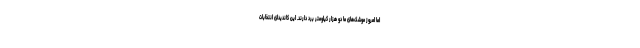
اما امروز موشک‌های ما دو هزار کیلومتر برد دارند. این کاندیدای انتخابات